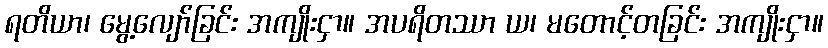
ရတိယာ၊ မွေ့လျော်ခြင်း အကျိုးငှာ။ အပရိတဿာ ယ၊ မတောင့်တခြင်း အကျိုးငှာ။